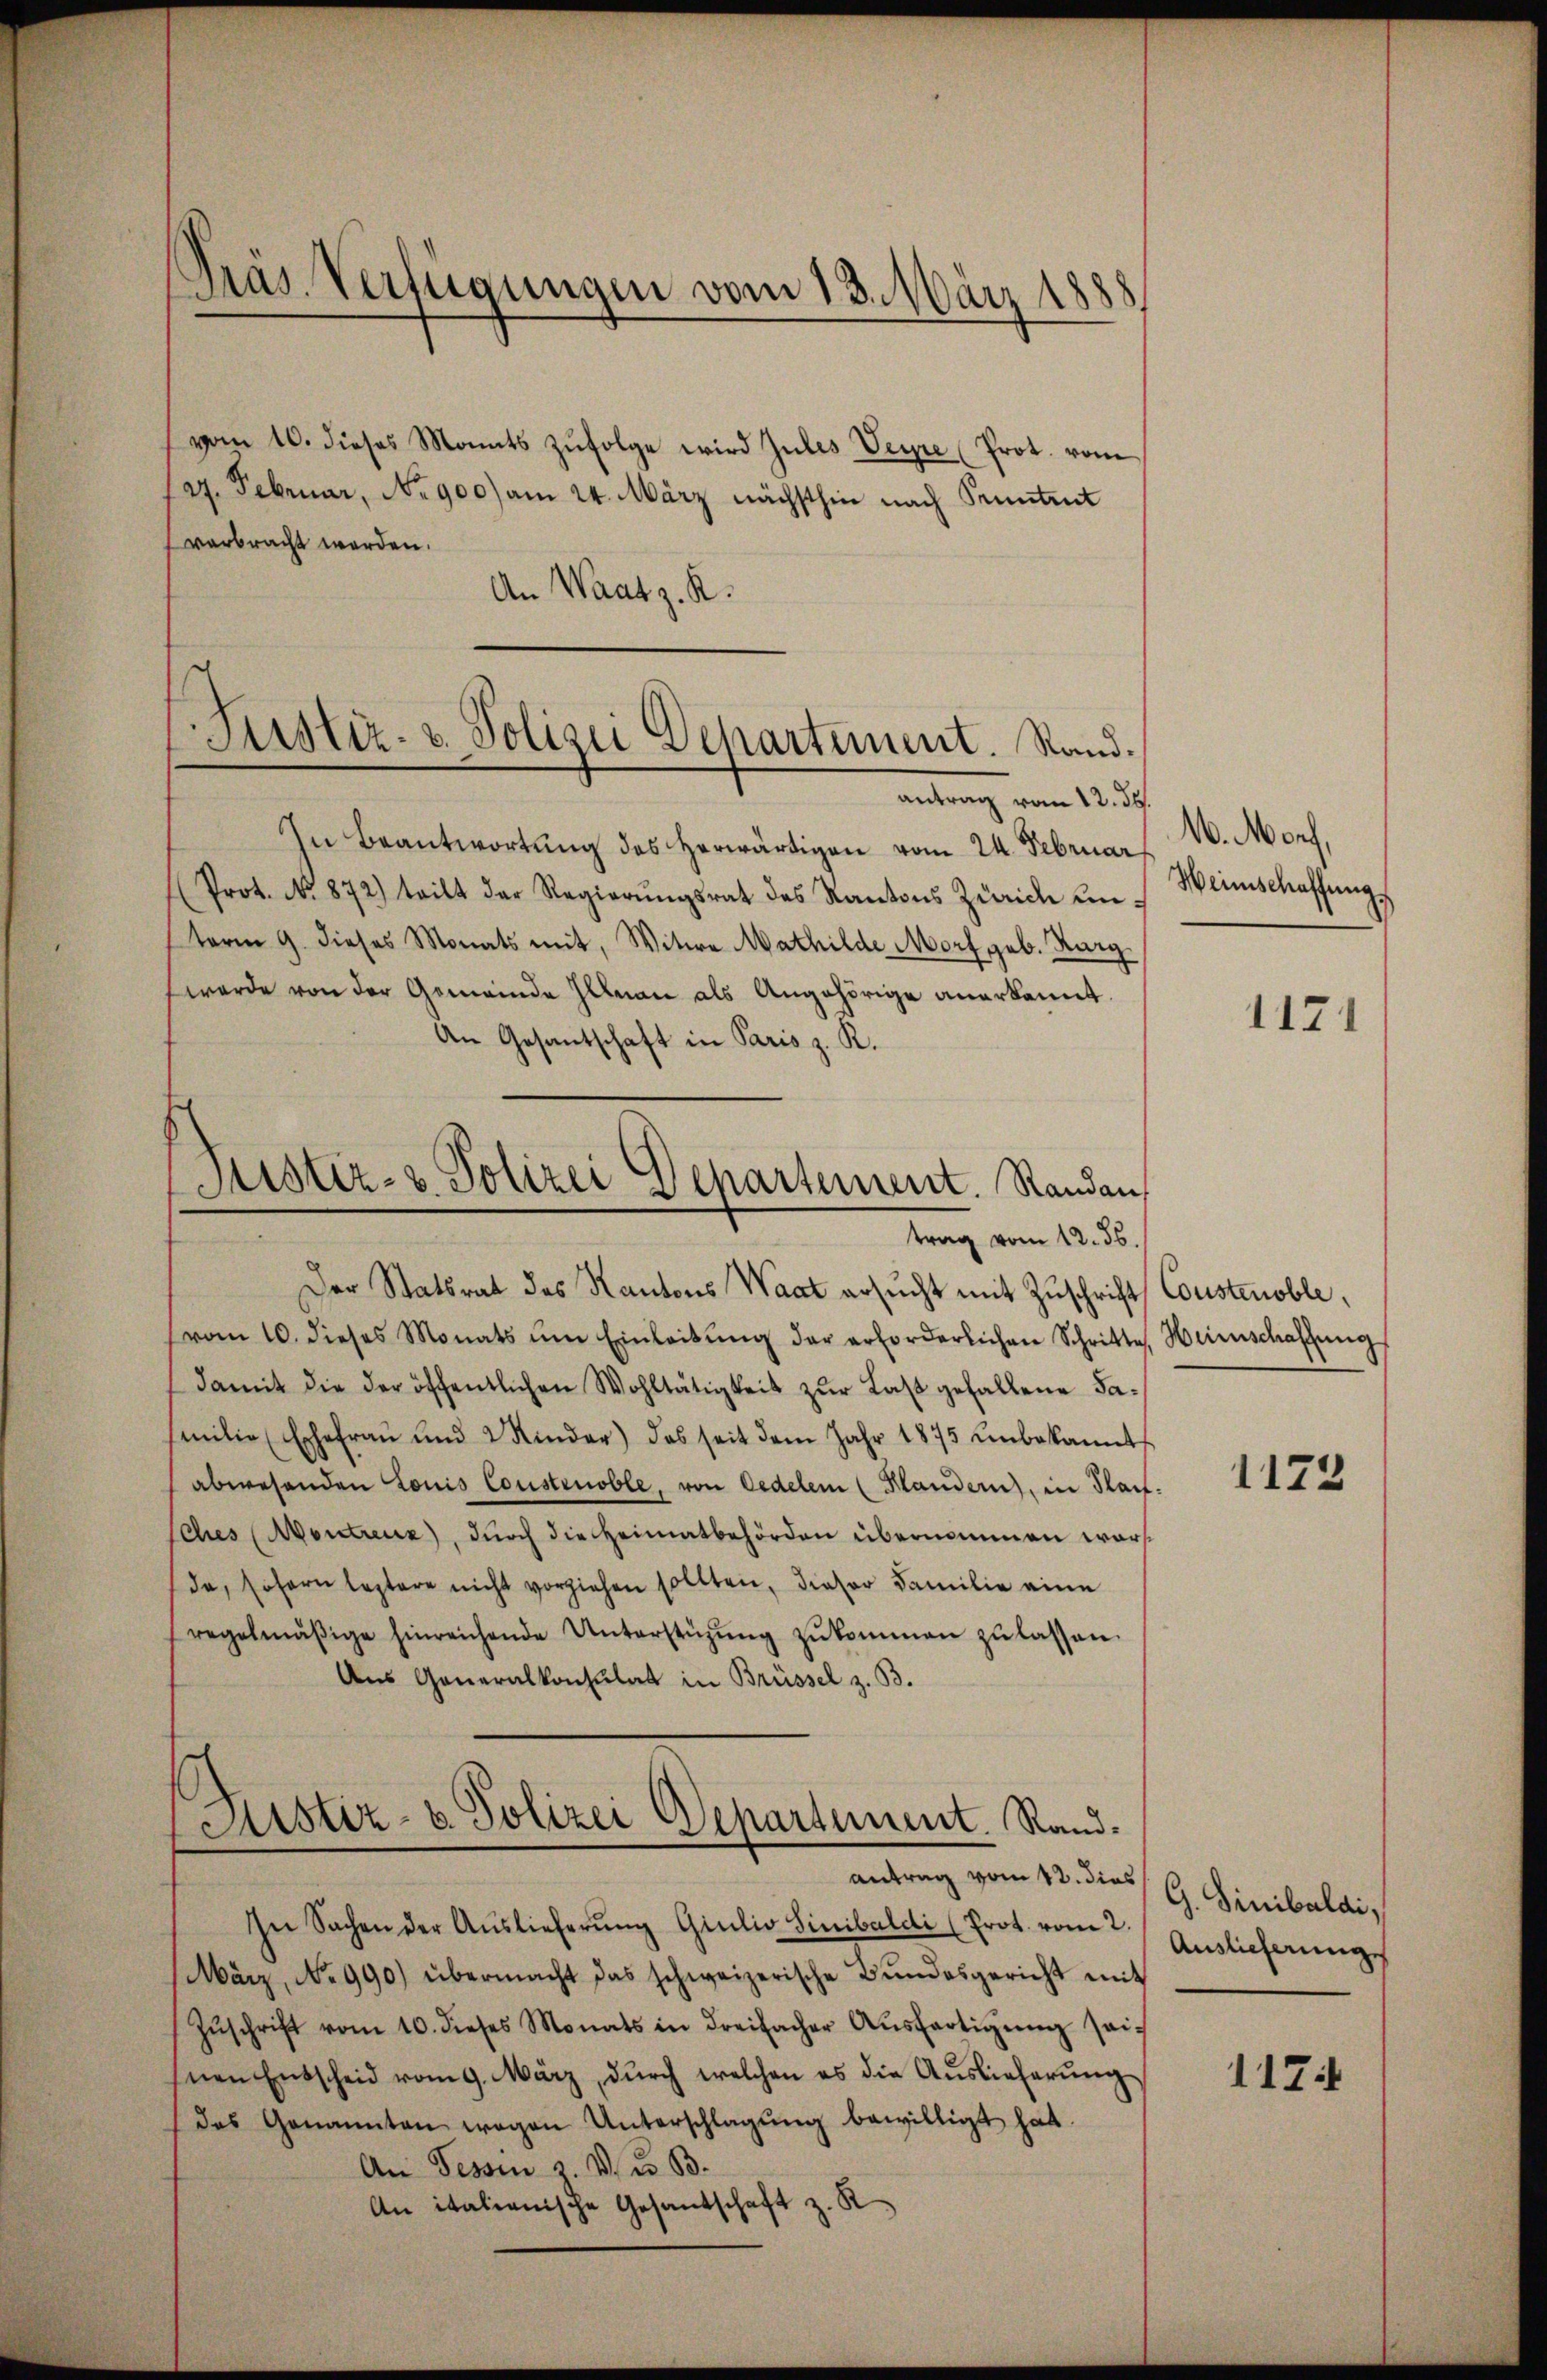
Präs. Verfügungen vom 13. März 1888

vom 10. dieses Monats zŭfolge wird zules Veyre (Prot. vom
d. Februar, No 900) am 24. März nächsthin nach Pruntrut
verbracht werden.
An Waatz. R.

Justiz- u. Polizei Departement. Rand.
antrag vom 12. ds.

In Beantwortung des Herwärtigen vom 24. Februar
Prot. No. 872) teilt der Regierŭngsrat des Kantons Zürich ŭm Weinschaffŭngs
sterm 9. dieses Monats mit, Witwe Mathilde Morf geb. Kurg
werde von der Gemeinde Illnau als Angehörige anerkannt.
An Gesantschaft in Paris z. R.
Der Statsrat des Kantons Waat ersucht mit Zuschrift Constenoble,
vom 10. dieses Monats ŭm Einleitŭng der erforderlichen Schritte, Heimschaffŭng
damit die der öffentlichen Wohltätigkeit zŭr Last gefallene Samilie (Ehefrau und 2 Kinder) das seit dem Jahr 1875 unbekannt
abwesenden Louis Construoble, von Cedelem (Klandern, in Slaif-
sches Montreux, durch die Heimatbehörden übernommen worda, sofern leztere nicht vorziehen sollten, dieser Familie eine
regelmäβige hinreichende Unterstüzŭng zŭkommen zŭ lassen.
Ans Generalkonsulat in Brüssel z. B.

(Justiz- & Polizei Departement. Randau,
trag vom 12. ds.

Sistiz- u. Polizei Departement. Randantrag vom 12. dies

In Sachen der Aŭslieferŭng Giulio Sinibaldi (Prot. vom 2. Auslieferungs
März, No 990.) übermacht das schweizerische Bŭndesgericht mit
Zŭschrift vom 10. dieses Monats in dreifacher Aŭsfertigŭng sei
nen Entscheid vom 9. März, dŭrch welchen es die Aŭslieferŭng
das Genannten wegen Unterschlagung bewilligt hat.
An Tessin s. v. u. B.
An italienische Gesandschaft z. K

16. Morf,
1121

1173

G. Sinibaldi,

117